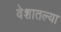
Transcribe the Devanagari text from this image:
वेशातल्या